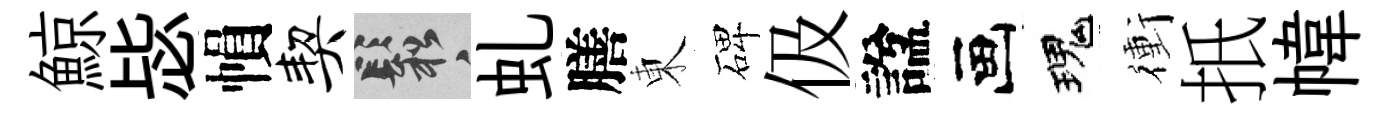
鯨毖𢄙契鬆虬膳東碑伋諡画瑰衝扺幃